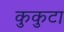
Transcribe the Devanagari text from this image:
कुकुटा